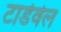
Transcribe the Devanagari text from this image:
टार्डवेल